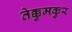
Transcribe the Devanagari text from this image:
तेक्कुमकुर